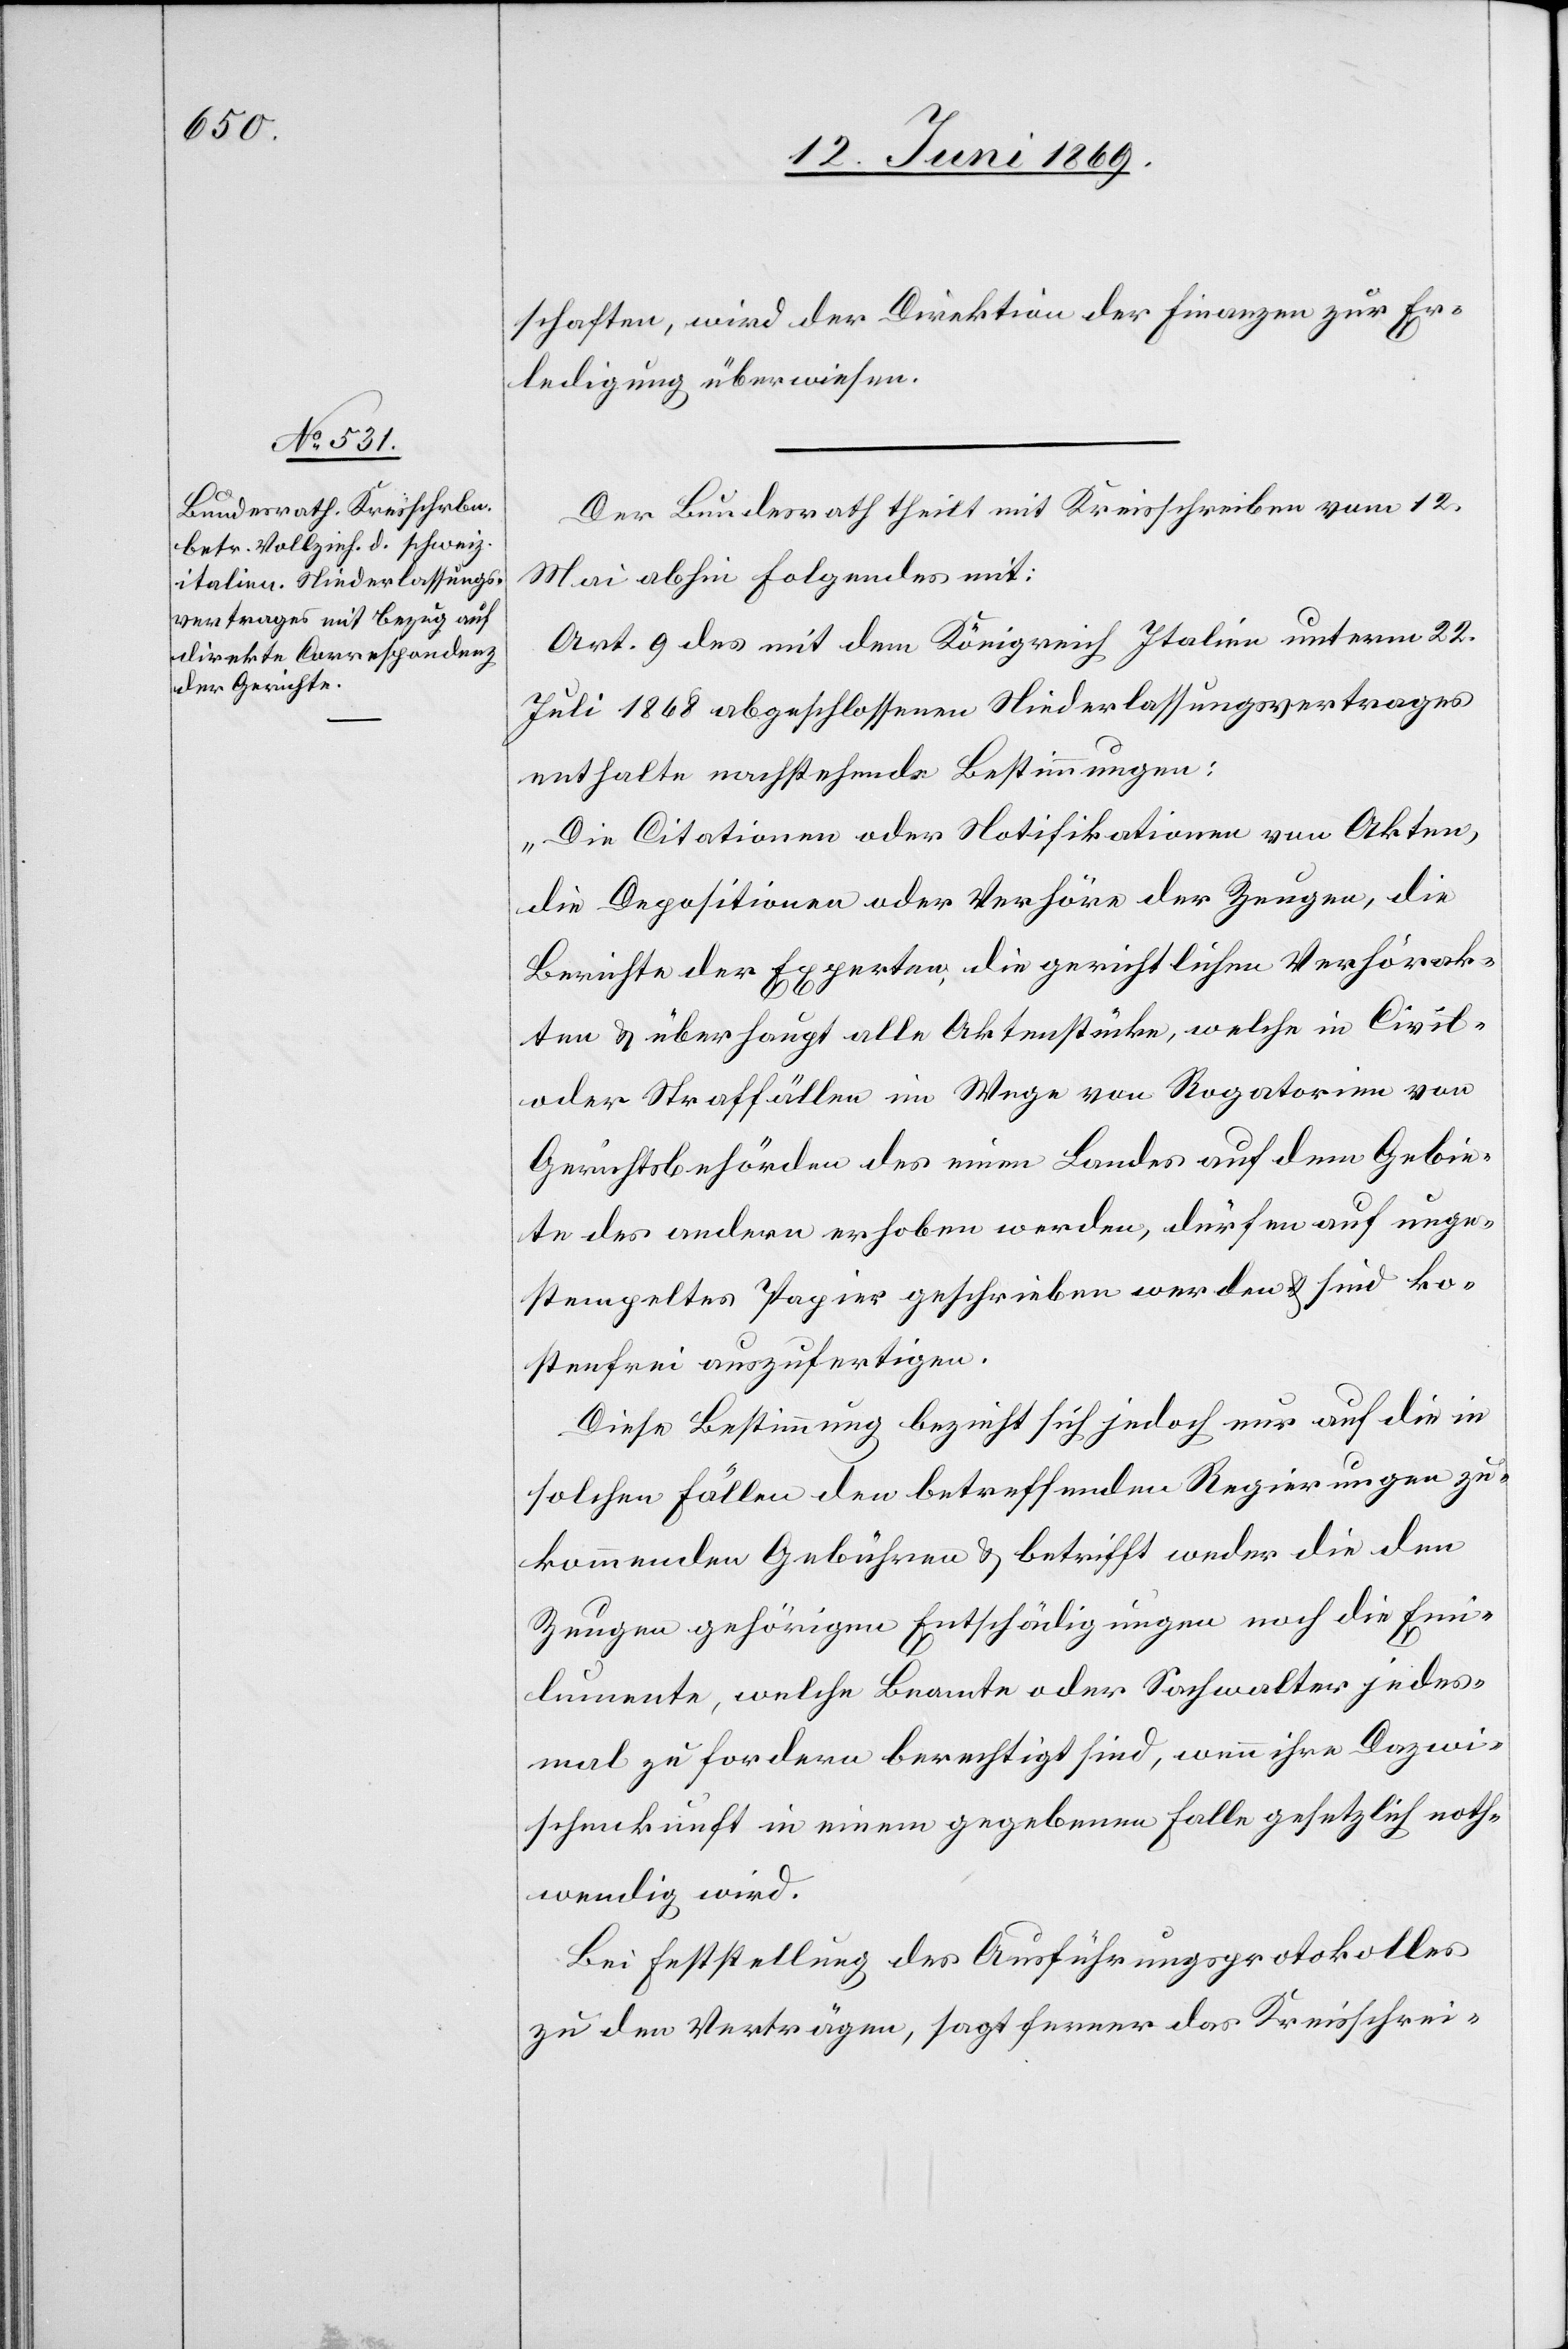
schaften, wird der Direktion der Finanzen zur Er¬
ledigung überwiesen.
Der Bundesrath theilt mit Kreisschreiben vom 12
Mai abhin Folgendes mit:
Art. 9 des mit dem Königreich Italien unterm 22
Juli 1868 abgeschlossenen Niederlassungsvertrages
enthalte nachstehende Bestimmungen:
„Die Citationen oder Notifikationen von Akten,
die Depositionen der Verhöre der Zeugen, die
Berichte der Experten, die gerichtlichen Verhörak¬
ten u. überhaupt alle Aktenstücke, welche in Civil-
oder Straffällen im Wege von Rogatorien von
Gerichtsbehörden des einen Landes auf dem Gebie¬
te des andern erhoben werden, dürfen auf unge¬
stempeltes Papier geschrieben werden u. sind ko¬
stenfrei auszufertigen.
Diese Bestimmung bezieht sich jedoch nur auf die in
solchen Fällen den betreffenden Regierungen zu¬
kommenden Gebühren u. betrifft weder die dem
Zeugen gehörigen Entschädigungen noch die Emi¬
lumente [sic!], welche Beamte oder Sachwalter jedes¬
mal zu fordern berechtigt sind, wenn ihre Dazwi¬
schenkunft in einem gegebenen Falle gesetzlich noth¬
wendig wird.
Bei Feststellung des Ausführungsprotokolles
zu den Verträgen, sagt ferner das Kreisschrei-